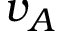
v _ { A }